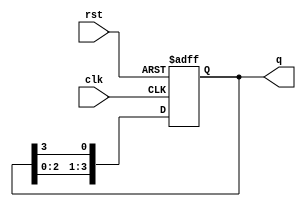
module johnson_counter (
  input wire clk,
  input wire rst,
  output reg [3:0] q
);

reg [3:0] next_q;

// D flip-flops with feedback connections
always @(posedge clk or posedge rst)
begin
  if (rst) begin
    q <= 4'b0001;
  end
  else begin
    q <= next_q;
  end
end

always @*
begin
  next_q[0] = q[3];
  next_q[1] = q[0];
  next_q[2] = q[1];
  next_q[3] = q[2];
end

endmodule